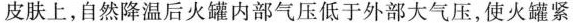
皮肤上，自然降温后火罐内部气压低于外部大气压，使火罐紧